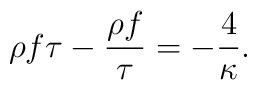
\rho f \tau - {\rho f\over\tau} = - {4\over \kappa}.